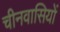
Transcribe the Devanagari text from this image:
चीनवासियों